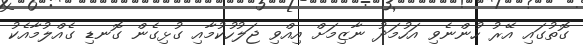
ގޮތުގައި އޭރު ހުންނެވި އަހުމަދު ނާޒިމަށް އިއްވި ޖަލުހުކުމާއި ގުޅިގެން ގޮނޑި ގެއްލުމާއެކު